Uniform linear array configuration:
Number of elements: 12
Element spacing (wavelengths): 1
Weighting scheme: cosine
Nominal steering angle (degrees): -45
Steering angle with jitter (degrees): -44.779
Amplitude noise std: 0.05
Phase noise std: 0.05

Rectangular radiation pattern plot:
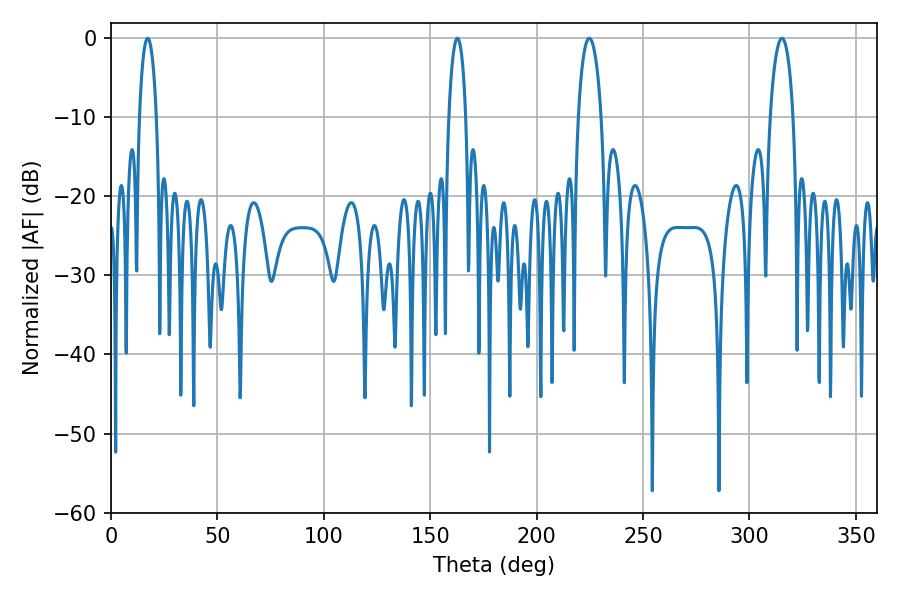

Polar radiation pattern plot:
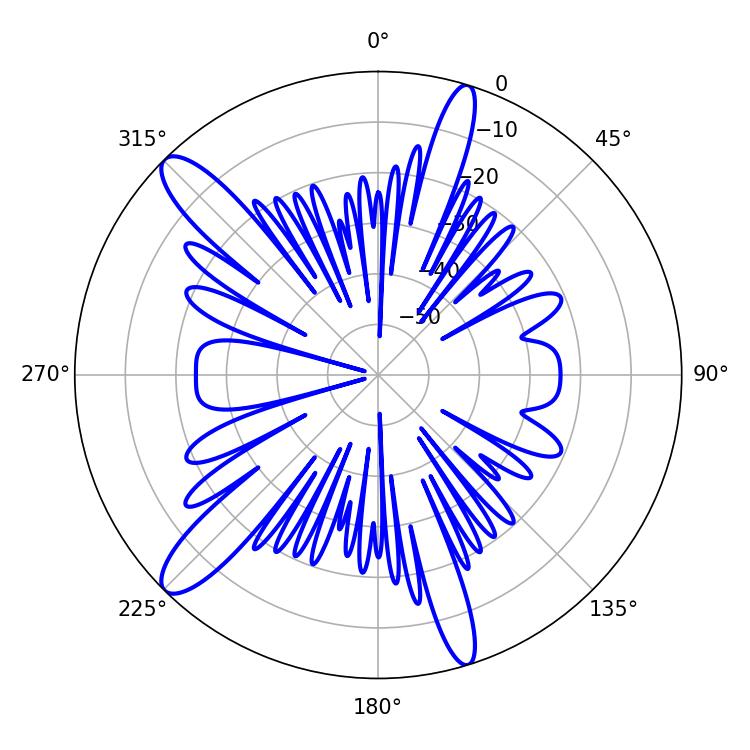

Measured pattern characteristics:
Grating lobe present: TRUE
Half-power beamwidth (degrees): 4.5
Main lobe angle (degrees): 17.28